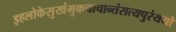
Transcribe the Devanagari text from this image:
इहलोकेसुखंभुक्त्वाचान्तंसत्यपुरंययौ